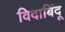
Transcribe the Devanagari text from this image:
विदाबिंदू